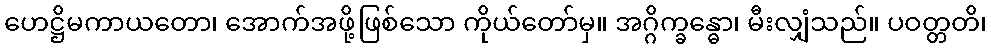
ဟေဋ္ဌိမကာယတော၊ အောက်အဖို့ဖြစ်သော ကိုယ်တော်မှ။ အဂ္ဂိက္ခန္ဓော၊ မီးလျှံသည်။ ပဝတ္တတိ၊